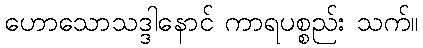
ဟောသောသဒ္ဒါနောင် ကာရပစ္စည်း သက်။